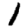
Digit: 1